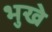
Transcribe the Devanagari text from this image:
भुखे